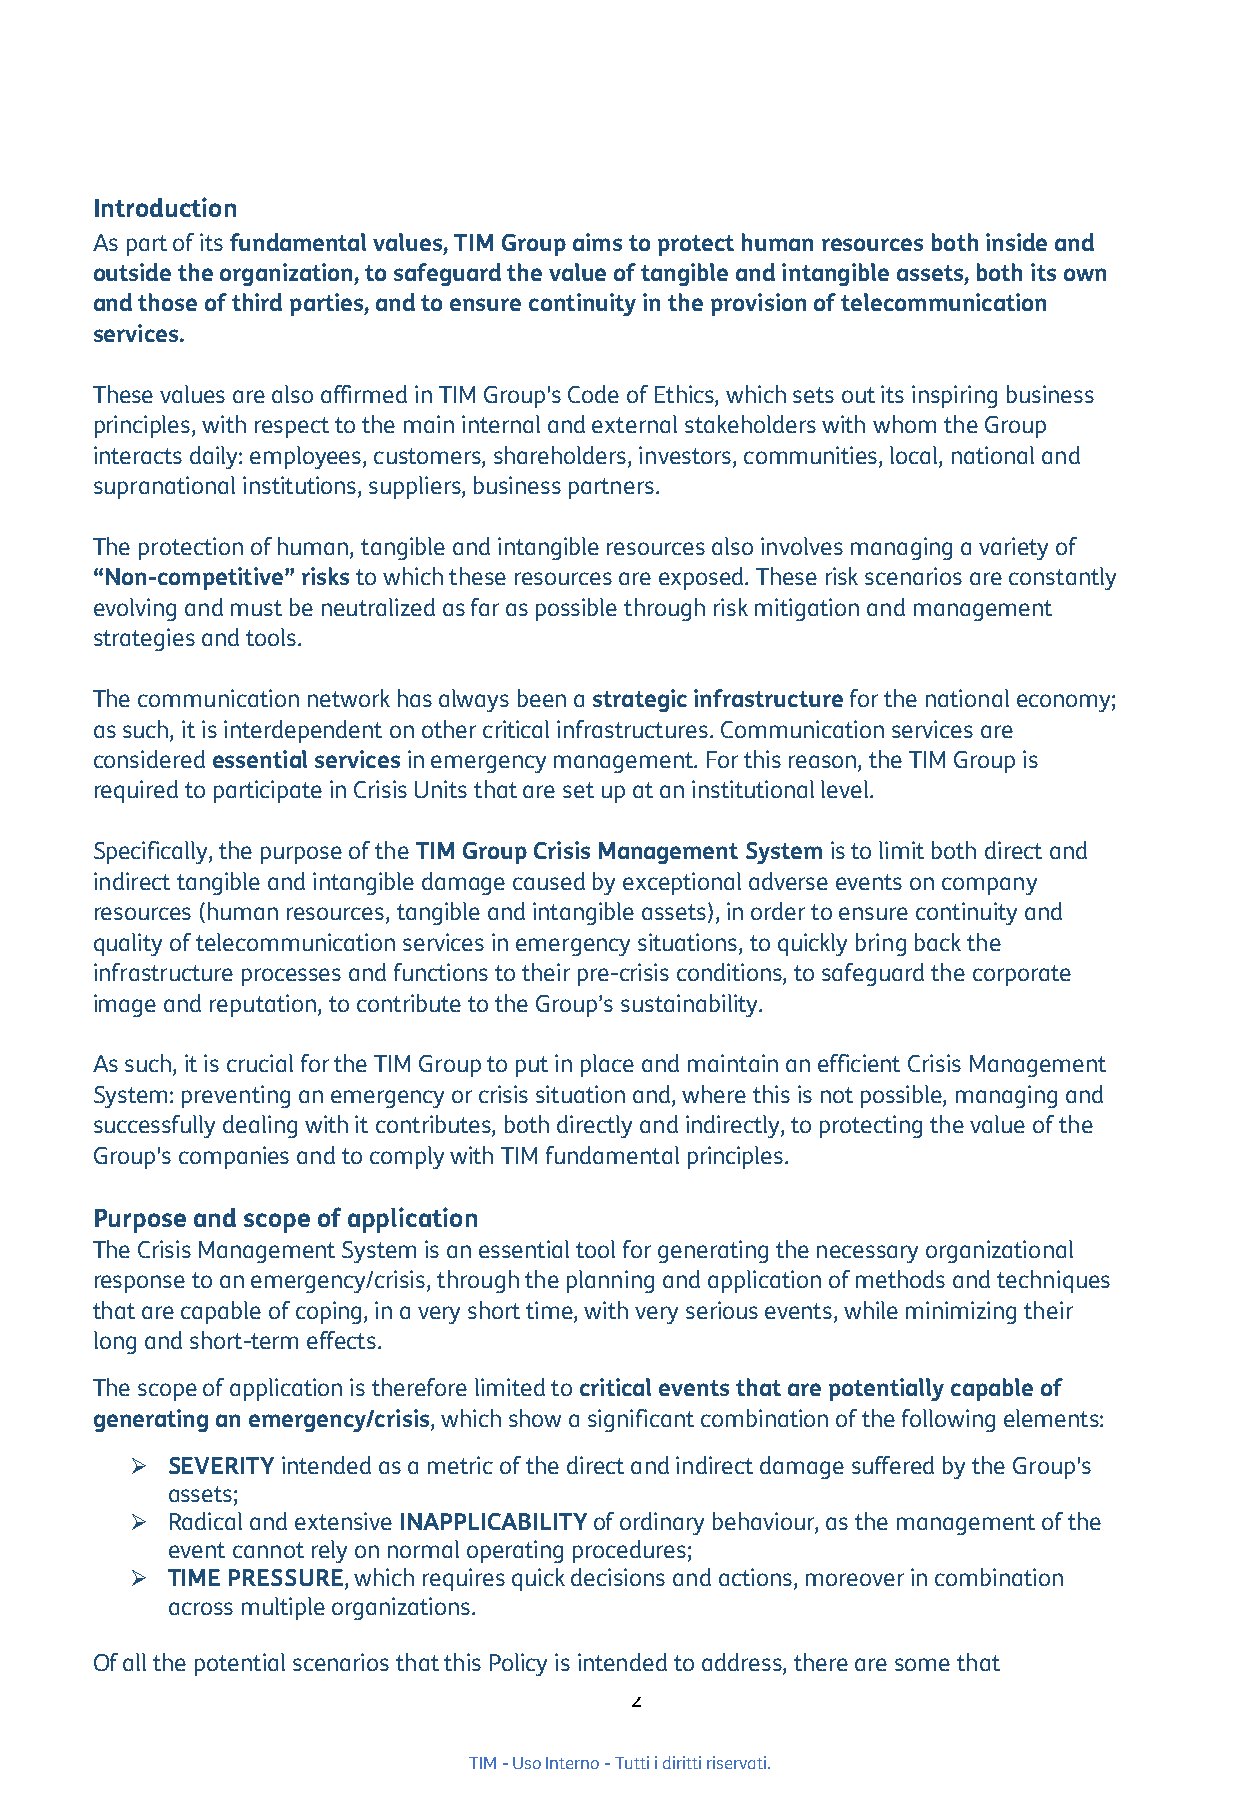
Introduction
 As part of its fundamental values, TIM Group aims to protect human resources both inside and
 outside the organization, to safeguard the value of tangible and intangible assets, both its own
 and those of third parties, and to ensure continuity in the provision of telecommunication
 services.
 These values are also affirmed in TIM Group's Code of Ethics, which sets out its inspiring business
 principles, with respect to the main internal and external stakeholders with whom the Group
 interacts daily: employees, customers, shareholders, investors, communities, local, national and
 supranational institutions, suppliers, business partners.
 The protection of human, tangible and intangible resources also involves managing a variety of
 “Non-competitive” risks to which these resources are exposed. These risk scenarios are constantly
 evolving and must be neutralized as far as possible through risk mitigation and management
 strategies and tools.
 The communication network has always been a strategic infrastructure for the national economy;
 as such, it is interdependent on other critical infrastructures. Communication services are
 considered essential services in emergency management. For this reason, the TIM Group is
 required to participate in Crisis Units that are set up at an institutional level.
 Specifically, the purpose of the TIM Group Crisis Management System is to limit both direct and
 indirect tangible and intangible damage caused by exceptional adverse events on company
 resources (human resources, tangible and intangible assets), in order to ensure continuity and
 quality of telecommunication services in emergency situations, to quickly bring back the
 infrastructure processes and functions to their pre-crisis conditions, to safeguard the corporate
 image and reputation, to contribute to the Group’s sustainability.
 As such, it is crucial for the TIM Group to put in place and maintain an efficient Crisis Management
 System: preventing an emergency or crisis situation and, where this is not possible, managing and
 successfully dealing with it contributes, both directly and indirectly, to protecting the value of the
 Group's companies and to comply with TIM fundamental principles.
 Purpose and scope of application
 The Crisis Management System is an essential tool for generating the necessary organizational
 response to an emergency/crisis, through the planning and application of methods and techniques
 that are capable of coping, in a very short time, with very serious events, while minimizing their
 long and short-term effects.
 The scope of application is therefore limited to critical events that are potentially capable of
 generating an emergency/crisis, which show a significant combination of the following elements:
 ➢ SEVERITY intended as a metric of the direct and indirect damage suffered by the Group's
 assets;
 ➢ Radical and extensive INAPPLICABILITY of ordinary behaviour, as the management of the
 event cannot rely on normal operating procedures;
 ➢ TIME PRESSURE, which requires quick decisions and actions, moreover in combination
 across multiple organizations.
 Of all the potential scenarios that this Policy is intended to address, there are some that
 2
 TIM - Uso Interno - Tutti i diritti riservati.